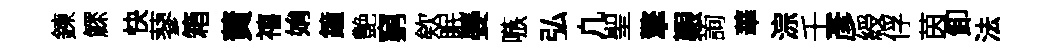
鍊鰥快蓼箱蕡禧姢鐘艶窮欸眠晏嗾弘凢聖擎艱詢華淙壬彥綬俘茵卸法